Cholera in India, 1862 to 1881
Year: 1862
Disease focus: Cholera
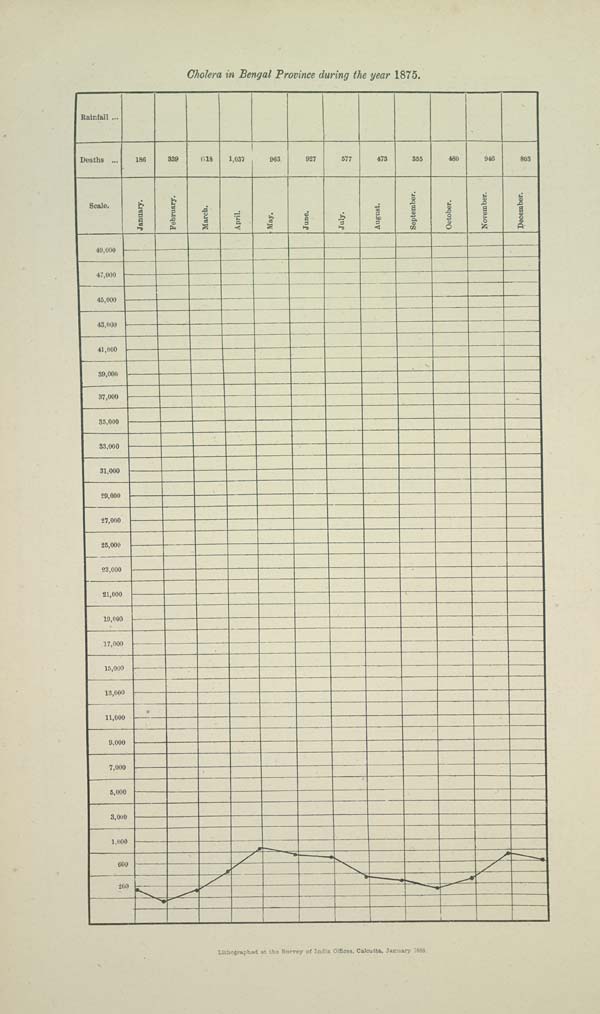
Cholera in Bengal Province during the year 1875.
Lithographed at the Survey of India Offices, Calcutta, January 1885.